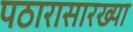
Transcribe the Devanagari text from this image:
पठारासारख्या